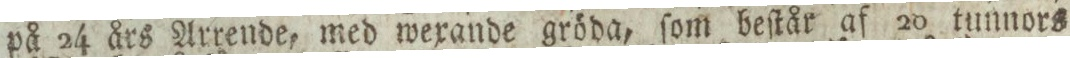
på 24 års Arrende, med wexande gröda, ſom beſtår af 20 tunnors